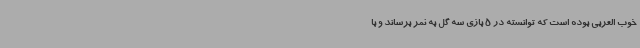
خوب العربی بوده است که توانسته در 5 بازی سه گل به ثمر برساند و با